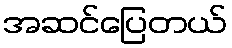
အဆင်ပြေတယ်